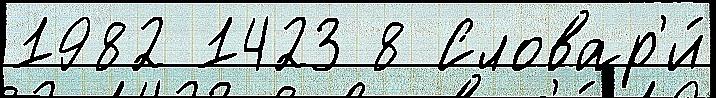
1982 1423 8 Словар'и́